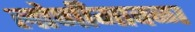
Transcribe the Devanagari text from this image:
लोणीमावळा